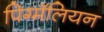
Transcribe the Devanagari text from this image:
पिग्मॅलियन